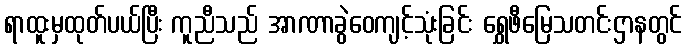
ရာထူးမှထုတ်ပယ်ပြီး ကူညီသည် အာဏာခွဲဝေကျင့်သုံးခြင်း ရွှေဖီမြေသတင်းဌာနတွင်